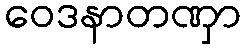
ဝေဒနာတဏှာ